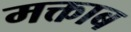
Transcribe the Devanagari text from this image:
मक्ताब